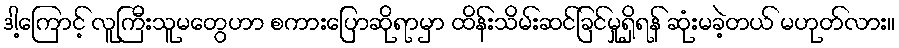
ဒါ့ကြောင့် လူကြီးသူမတွေဟာ စကားပြောဆိုရာမှာ ထိန်းသိမ်းဆင်ခြင်မှုရှိရန် ဆုံးမခဲ့တယ် မဟုတ်လား။